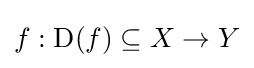
f:\operatorname {D} (f)\subseteq X\to Y